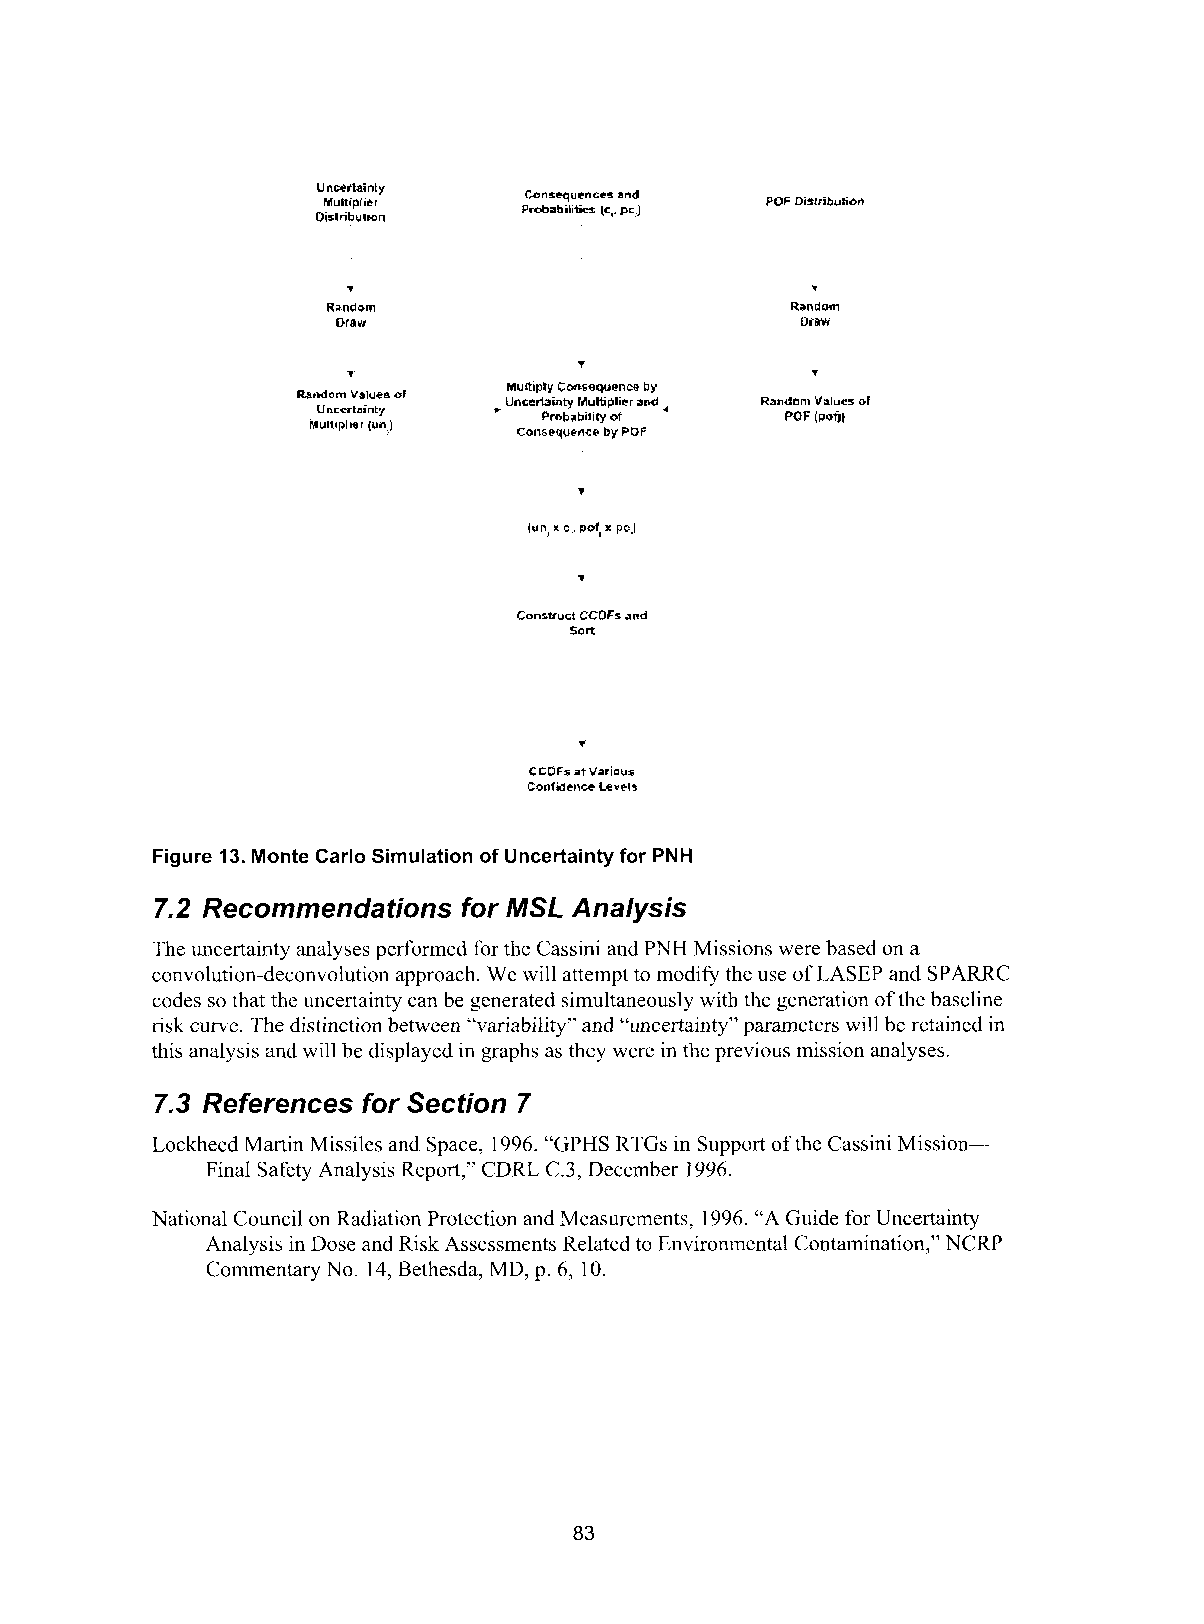
Unoectainty
 MuLplttr                     POF Di+lribulmn
 Dislnbulmn
 .
 Random                         Randm
 OfRM                           Dim
 Construct CCOFs and
 Sort
 7
 CCOFs rtb’arious
 Confidence Levels
 Figure 13. Monte Carlo Simulation of Uncertainty for PNH
 7.2 Recommendations for MSL Analysis
 The uncertainty analyses performed for the Cassini and PNH Missions were based on a
 convolution-deconvolution approach. We will attempt to modify the use of LASEP and SPARRC
 codes so that the uncertainty can be generated simultaneously with the generation of the baseline
 risk curve. The distinction between “variability” and “uncertainty” parameters will be retained in
 this analysis and will be displayed in graphs as they were in the previous mission analyses.
 7.3 References for Secfion 7
 Lockheed Martin Missiles and Space, 1996. “GPHS RTGs in Support of the Cassini Mission-
 Final Safety Analysis Report,” CDRL C.3, December 1996.
 National Council on Radiation Protection and Measurements, 1996. “A Guide for Uncertainty
 Analysis in Dose and Risk Assessments Related to Environmental Contamination,” NCRP
 Commentary No. 14, Bethesda, MD, p. 6, 10.